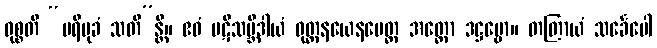
ဝုစ္စတိ “ပရိမုခံ သတိ”န္တိ။ ဧဝံ ပဋိသမ္ဘိဒါယံ ဝုတ္တနယေနပေတ္ထ အတ္ထော ဒဋ္ဌဗ္ဗော။ တတြာယံ သင်္ခေပေါ